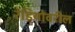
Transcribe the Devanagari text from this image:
रेडियोवरील